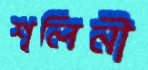
শূলিনী